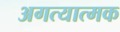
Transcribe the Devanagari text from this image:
अगत्यात्मक